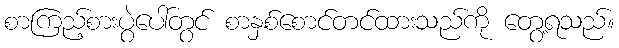
စာကြည့်စားပွဲပေါ်တွင် စာနှစ်စောင်တင်ထားသည်ကို တွေ့ရသည်။